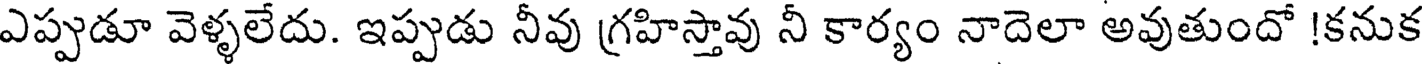
ఎప్పుడూ వెళ్ళలేదు. ఇప్పుడు నీవు గ్రహిస్తావు నీ కార్యం నాదెలా అవుతుందో !కనుక